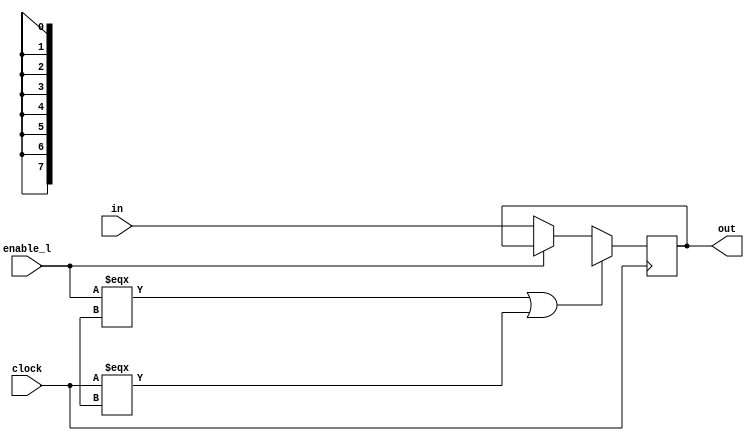
module Mregister_8 (out, in, clock, enable_l);
output [7:0] out;
input [7:0] in;
input clock;
input enable_l;
    reg [7:0] out;
    reg [7:0] master;
    always @ (posedge clock) begin
	if((enable_l === 1'bx) || (clock === 1'bx))  begin
	    master = 8'bx;
	    #1 out = master;
	end
	else if (~enable_l) begin
	    master = in;
	    #1 out = master;
	end
    end
endmodule